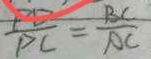
\frac { P D } { P C } = \frac { B C } { A C }